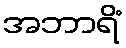
အဘာရိံ